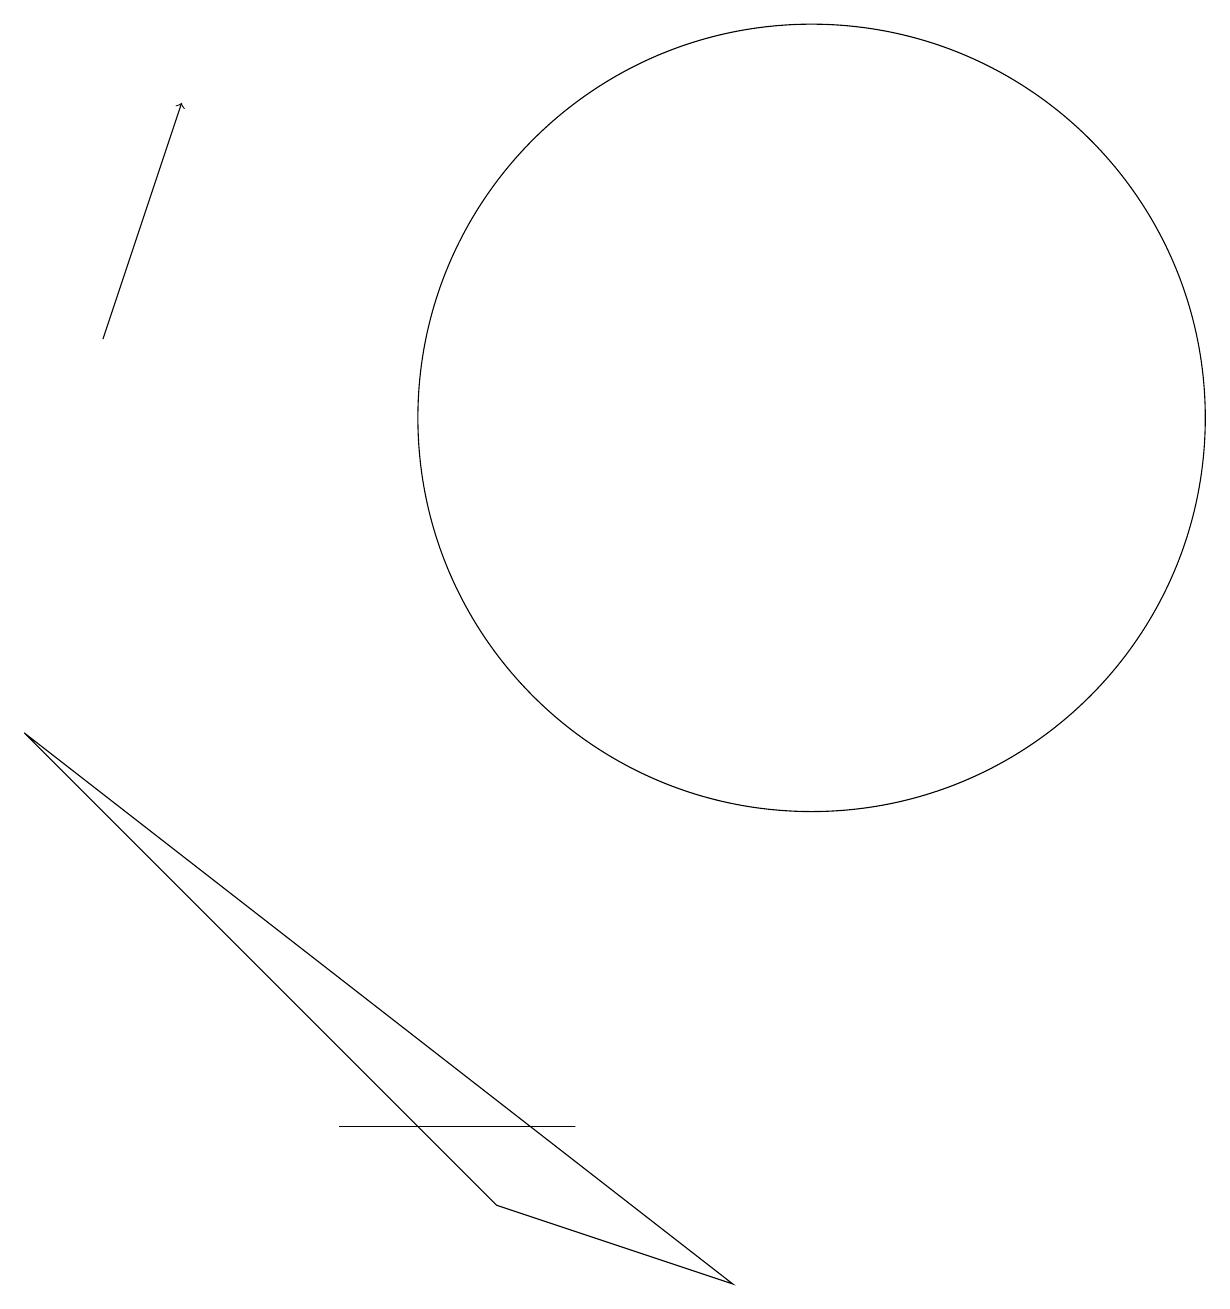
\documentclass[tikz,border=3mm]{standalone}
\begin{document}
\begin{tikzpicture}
\draw (10,11) circle (5);
\draw (0,7) -- (9,0) -- (6,1) -- cycle;
\draw (7,2) -- (4,2) -- (6,2) -- cycle;
\draw[->] (1,12) -- (2,15);
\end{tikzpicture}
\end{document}